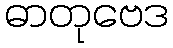
ဓာတုဗေဒ